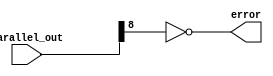
module framing_error(
    input wire [8:0] parallel_out, // Output from the shift register
    output wire error              // Framing error indicator
);

// Assuming the stop bit is at parallel_out[8], it should be 1 for correct framing
assign error = ~parallel_out[8];

endmodule